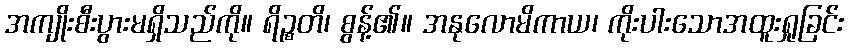
အကျိုးစီးပွားမရှိသည်ကို။ ရိဉ္စတိ၊ စွန့်၏။ အနုလောမိကာယ၊ ကိုးပါးသောအထူးရှုခြင်း